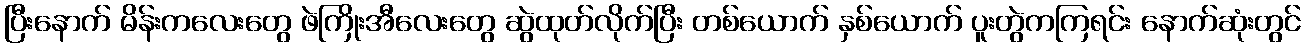
ပြီးနောက် မိန်းကလေးတွေ ဖဲကြိုးအီလေးတွေ ဆွဲထုတ်လိုက်ပြီး တစ်ယောက် နှစ်ယောက် ပူးတွဲကကြရင်း နောက်ဆုံးတွင်